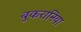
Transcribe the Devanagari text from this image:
बुकरानिया